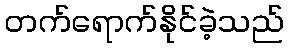
တက်ရောက်နိုင်ခဲ့သည်